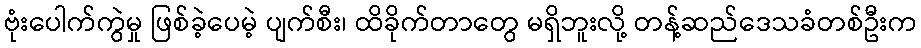
ဗုံးပေါက်ကွဲမှု ဖြစ်ခဲ့ပေမဲ့ ပျက်စီး၊ ထိခိုက်တာတွေ မရှိဘူးလို့ တန့်ဆည်ဒေသခံတစ်ဦးက